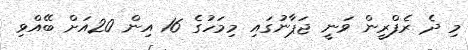
މި ދެ ރެފްރީން ވަނީ ޖަޕާނުގައި މިމަހުގެ 16 އިން 20އަށް ބޭއްވި